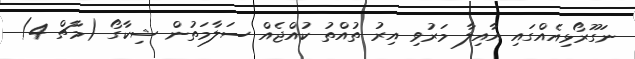
ނަގޫރޯޅިއެއްގައި އާއިލާ މަރުވި އިރު ތުއްތު ކުއްޖެއް ސަލާމަތުން ޝިކާގޯ (މާޗް 4)